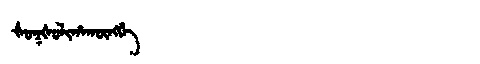
Manchu: ᡧᠣᡴᡧᠣᠯᡳᡥᠠᡴᡡᠩᡤᡝ
Romanization: ŠOKŠOLIHAKŪNGGE